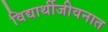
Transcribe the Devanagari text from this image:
विद्यार्थीजीवनात